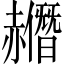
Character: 𧹿